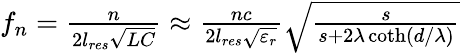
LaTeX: \begin{array}{r}{f_{n}=\frac{n}{2l_{res}\sqrt{LC}}\approx\frac{nc}{2l_{res}\sqrt{\varepsilon_{r}}}\sqrt{\frac{s}{s+2\lambda\coth(d/\lambda)}}}\end{array}